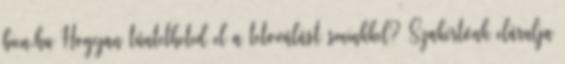
bien.hu Hogyan tüntetheted el a tetoválást sminkkel? Szakértőnk elárulja